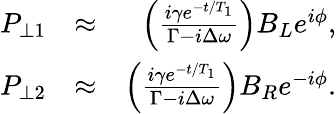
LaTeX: \begin{array}{rlr}{P_{\perp 1}}&{\approx}&{\left(\frac{i\gamma e^{-t/T_{1}}}{\Gamma-i\Delta\omega}\right)B_{L}e^{i\phi},}\\ {P_{\perp 2}}&{\approx}&{\left(\frac{i\gamma e^{-t/T_{1}}}{\Gamma-i\Delta\omega}\right)B_{R}e^{-i\phi}.}\end{array}